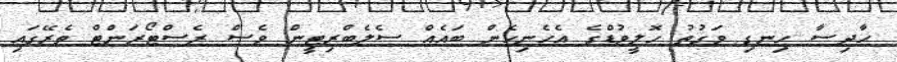
ޙާދިސާ ހިނގި ވަގުތު ހޮލީވުޑްގެ އެހެނިހެން ބައެއް ސެލެބްރިޓީން ވެސް ރެސްޓޯރަންޓް ތެރޭގައި